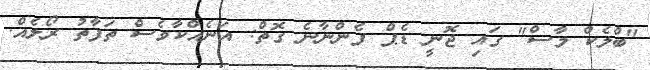
"ބްލެކް މާސް" ގައި ޖޮނީ ޑެޕް ފެންނާނެ ގޮތް: އަނެއްކާވެސް ތަފާތު ރޯލެއް.